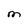
Character: M